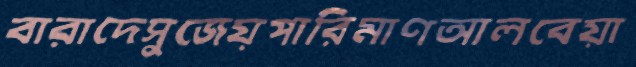
বারাদেসুজেয়পারিমাণআলবেয়া